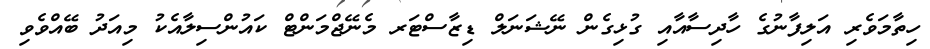
ހިތާމަވެރި އަލިފާނުގެ ހާދިސާއާއި ގުޅިގެން ނޭޝަނަލް ޑިޒާސްޓަރ މެނޭޖްމަންޓް ކައުންސިލާއެކު މިއަދު ބޭއްވެވި